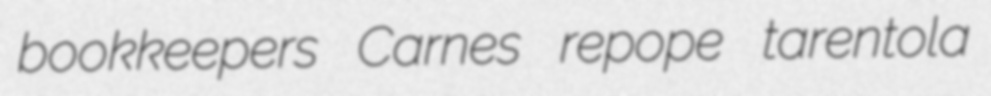
bookkeepers Carnes repope tarentola